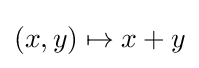
(x,y)\mapsto x+y